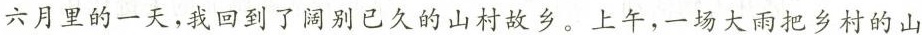
六月里的一天，我回到了阔别已久的山村故乡。上午，一场大雨把乡村的山